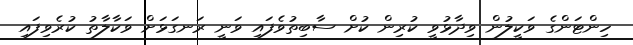
ހިންޓަންގެ ވަކީލުން ވިދާޅުވީ ކުރިން ކުށް ސާބިތުވެފައި ވަނީ ރަނގަޅަށް ވަކާލާތު ކުރެވިފައި